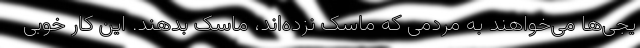
یجی‌ها می‌خواهند به مردمی که ماسک نزده‌اند، ماسک بدهند. این کار خوبی